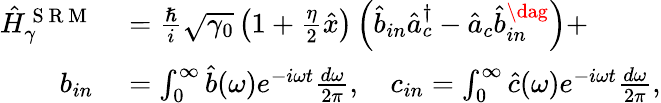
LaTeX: \begin{array}{rl}{\hat{H}_{\gamma}^{\mathrm{~S~R~M~}}}&{{}=\frac{\hslash}{i}\sqrt{\gamma_{0}}\left(1+\frac{\eta}{2}\hat{x}\right)\left(\hat{b}_{in}\hat{a}_{c}^{\dagger}-\hat{a}_{c}\hat{b}_{in}^{\dag}\right)+}\\ {b_{in}}&{{}=\int_{0}^{\infty}\hat{b}(\omega)e^{-i\omega t}\frac{d\omega}{2\pi},\quad c_{in}=\int_{0}^{\infty}\hat{c}(\omega)e^{-i\omega t}\frac{d\omega}{2\pi},}\end{array}